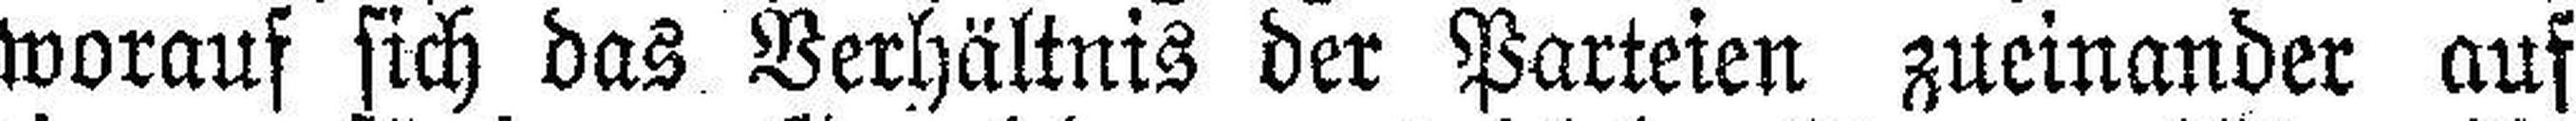
worauf sich das Verhältnis der Parteien zueinander auf